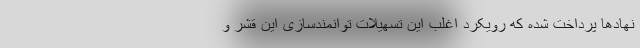
نهادها پرداخت شده که رویکرد اغلب این تسهیلات توانمندسازی این قشر و